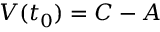
V ( t _ { 0 } ) = C - A